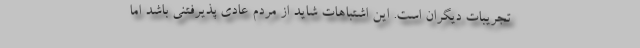
تجریبات دیگران است. این اشتباهات شاید از مردم عادی پذیرفتنی باشد اما